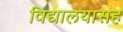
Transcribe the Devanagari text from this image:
विद्यालयासह